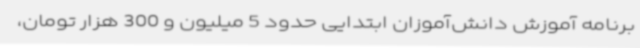
برنامه آموزش دانش‌آموزان ابتدایی حدود 5 میلیون و 300 هزار تومان،